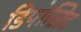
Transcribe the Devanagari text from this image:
डिपोसिट